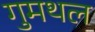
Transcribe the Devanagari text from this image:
गुमथल